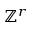
\mathbb { Z } ^ { r }